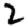
Digit: 2